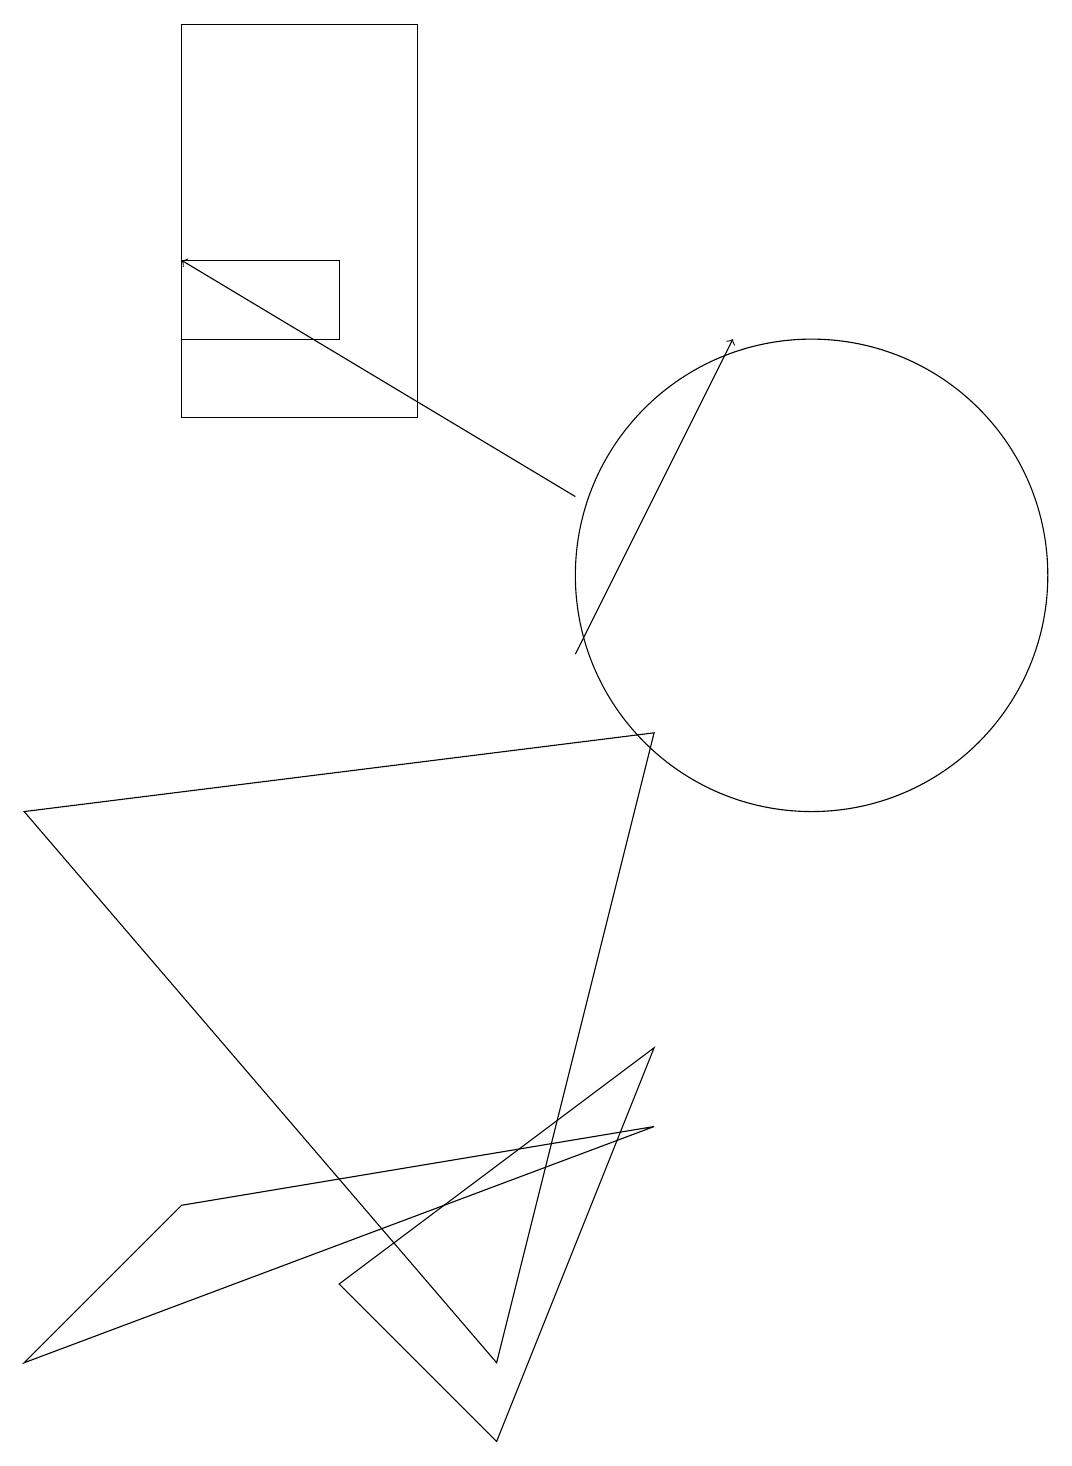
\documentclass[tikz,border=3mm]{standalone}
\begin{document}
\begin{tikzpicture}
\draw (2,3) -- (0,1) -- (8,4) -- cycle;
\draw (10,11) circle (3);
\draw (8,5) -- (6,0) -- (4,2) -- cycle;
\draw (8,9) -- (0,8) -- (6,1) -- cycle;
\draw[->] (7,12) -- (2,15);
\draw (2,18) rectangle (5,13);
\draw (2,15) rectangle (4,14);
\draw[->] (7,10) -- (9,14);
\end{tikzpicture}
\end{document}